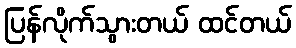
ပြန်လိုက်သွားတယ် ထင်တယ်